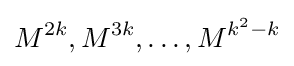
M^{2k},M^{3k},\dots ,M^{k^{2}-k}